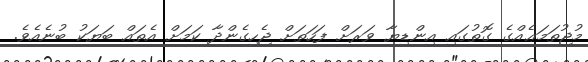
މުޖުތަމަޢެއްގެ ގޮތުގައި އިންޑިޔާ ވަރަށް ފަހަތަށް ޖެހިގެންދާ ކަމަށް އެތައް ބަޔަކު ބުނެއެވެ.